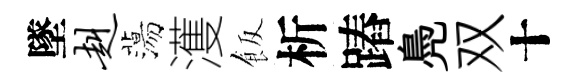
墜赳蕩濩飯析蹖鳧双十